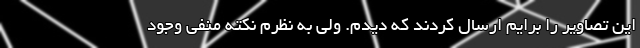
این تصاویر را برایم ارسال کردند که دیدم. ولی به نظرم نکته منفی وجود